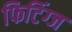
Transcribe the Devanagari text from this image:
फिटिंग्ज